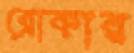
ব্রোকার